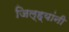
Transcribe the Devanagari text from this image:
जिल्ह्यांनी